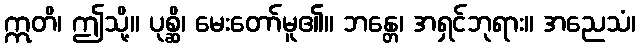
ဣတိ၊ ဤသို့။ ပုစ္ဆိ၊ မေးတော်မူ၏။ ဘန္တေ၊ အရှင်ဘုရား။ အညေသံ၊